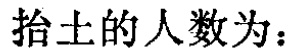
抬土的人数为：